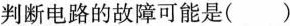
判断电路的故障可能是()